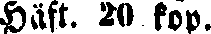
häft. 20 kop.